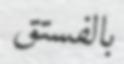
بالفستق